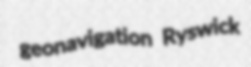
geonavigation Ryswick